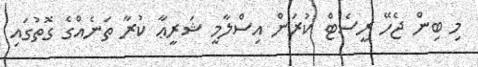
މި ބިން ޖެހޭ ރީސެޓް ކުރަން އިސްލާމީ ޝަރީޢާ ކުރާ ތަނެއްގެ ގޮތުގައި